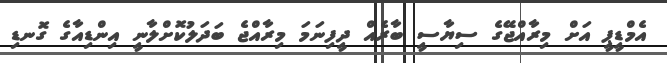
އެމްޑީޕީ އަށް މިރާއްޖޭގެ ސިޔާސީ ބާރެއް ދީފިނަމަ މިރާއްޖެ ބަދަލުކޮށްލާނީ އިންޑިއާގެ ގޮނޑި